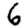
Digit: 6